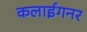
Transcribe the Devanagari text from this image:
कलाईगनर